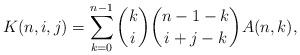
LaTeX: \begin{align*}K(n,i,j) = \sum_{k=0}^{n-1} \binom{k}{i} \binom{n-1-k}{i+j-k} A(n,k) ,\end{align*}